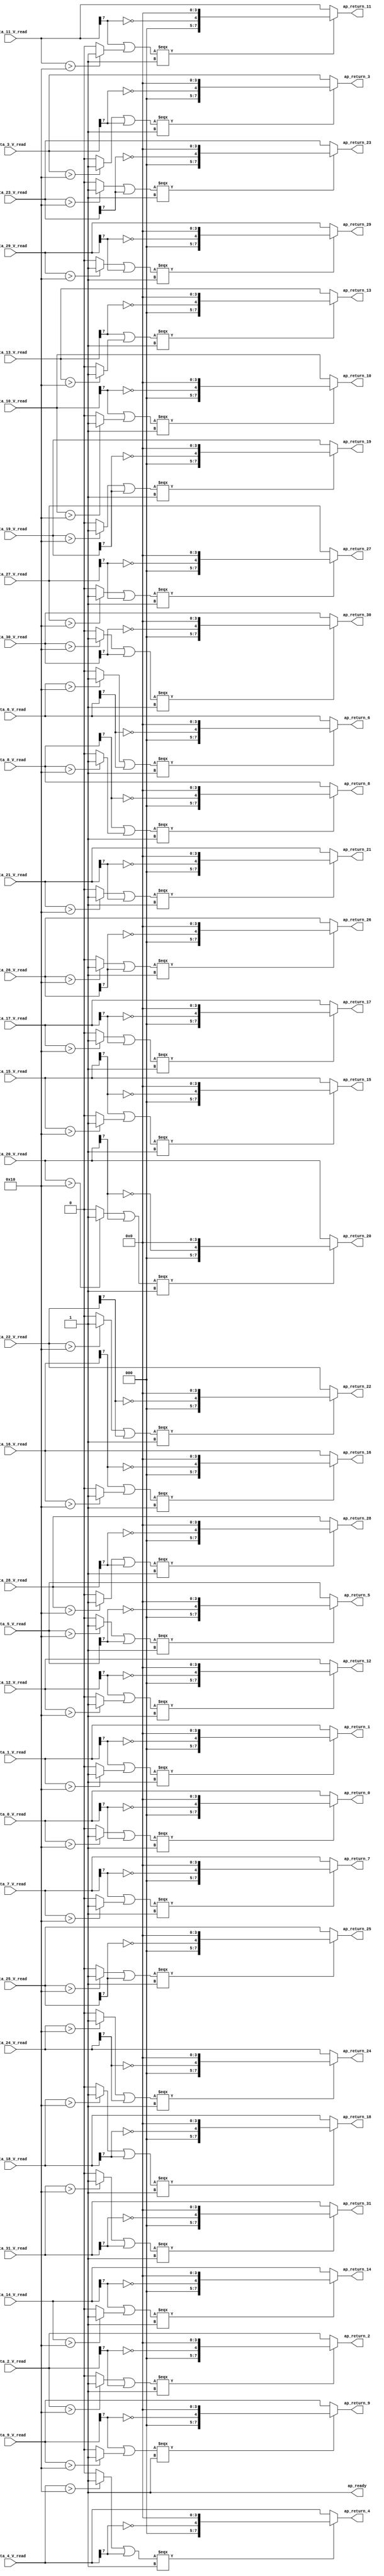
// ==============================================================
// RTL generated by Vivado(TM) HLS - High-Level Synthesis from C, C++ and SystemC
// Version: 2018.2
// Copyright (C) 1986-2018 Xilinx, Inc. All Rights Reserved.
// 
// ===========================================================

`timescale 1 ns / 1 ps 

module relu_max_ap_fixed_ap_fixed_1_relu1_config9_s (
        ap_ready,
        data_0_V_read,
        data_1_V_read,
        data_2_V_read,
        data_3_V_read,
        data_4_V_read,
        data_5_V_read,
        data_6_V_read,
        data_7_V_read,
        data_8_V_read,
        data_9_V_read,
        data_10_V_read,
        data_11_V_read,
        data_12_V_read,
        data_13_V_read,
        data_14_V_read,
        data_15_V_read,
        data_16_V_read,
        data_17_V_read,
        data_18_V_read,
        data_19_V_read,
        data_20_V_read,
        data_21_V_read,
        data_22_V_read,
        data_23_V_read,
        data_24_V_read,
        data_25_V_read,
        data_26_V_read,
        data_27_V_read,
        data_28_V_read,
        data_29_V_read,
        data_30_V_read,
        data_31_V_read,
        ap_return_0,
        ap_return_1,
        ap_return_2,
        ap_return_3,
        ap_return_4,
        ap_return_5,
        ap_return_6,
        ap_return_7,
        ap_return_8,
        ap_return_9,
        ap_return_10,
        ap_return_11,
        ap_return_12,
        ap_return_13,
        ap_return_14,
        ap_return_15,
        ap_return_16,
        ap_return_17,
        ap_return_18,
        ap_return_19,
        ap_return_20,
        ap_return_21,
        ap_return_22,
        ap_return_23,
        ap_return_24,
        ap_return_25,
        ap_return_26,
        ap_return_27,
        ap_return_28,
        ap_return_29,
        ap_return_30,
        ap_return_31
);


output   ap_ready;
input  [7:0] data_0_V_read;
input  [7:0] data_1_V_read;
input  [7:0] data_2_V_read;
input  [7:0] data_3_V_read;
input  [7:0] data_4_V_read;
input  [7:0] data_5_V_read;
input  [7:0] data_6_V_read;
input  [7:0] data_7_V_read;
input  [7:0] data_8_V_read;
input  [7:0] data_9_V_read;
input  [7:0] data_10_V_read;
input  [7:0] data_11_V_read;
input  [7:0] data_12_V_read;
input  [7:0] data_13_V_read;
input  [7:0] data_14_V_read;
input  [7:0] data_15_V_read;
input  [7:0] data_16_V_read;
input  [7:0] data_17_V_read;
input  [7:0] data_18_V_read;
input  [7:0] data_19_V_read;
input  [7:0] data_20_V_read;
input  [7:0] data_21_V_read;
input  [7:0] data_22_V_read;
input  [7:0] data_23_V_read;
input  [7:0] data_24_V_read;
input  [7:0] data_25_V_read;
input  [7:0] data_26_V_read;
input  [7:0] data_27_V_read;
input  [7:0] data_28_V_read;
input  [7:0] data_29_V_read;
input  [7:0] data_30_V_read;
input  [7:0] data_31_V_read;
output  [7:0] ap_return_0;
output  [7:0] ap_return_1;
output  [7:0] ap_return_2;
output  [7:0] ap_return_3;
output  [7:0] ap_return_4;
output  [7:0] ap_return_5;
output  [7:0] ap_return_6;
output  [7:0] ap_return_7;
output  [7:0] ap_return_8;
output  [7:0] ap_return_9;
output  [7:0] ap_return_10;
output  [7:0] ap_return_11;
output  [7:0] ap_return_12;
output  [7:0] ap_return_13;
output  [7:0] ap_return_14;
output  [7:0] ap_return_15;
output  [7:0] ap_return_16;
output  [7:0] ap_return_17;
output  [7:0] ap_return_18;
output  [7:0] ap_return_19;
output  [7:0] ap_return_20;
output  [7:0] ap_return_21;
output  [7:0] ap_return_22;
output  [7:0] ap_return_23;
output  [7:0] ap_return_24;
output  [7:0] ap_return_25;
output  [7:0] ap_return_26;
output  [7:0] ap_return_27;
output  [7:0] ap_return_28;
output  [7:0] ap_return_29;
output  [7:0] ap_return_30;
output  [7:0] ap_return_31;

wire   [0:0] tmp_2_fu_302_p3;
wire   [0:0] not_tmp_1_fu_310_p2;
wire   [4:0] tmp_4_fu_316_p3;
wire   [0:0] tmp_1_fu_288_p3;
wire   [0:0] tmp_3_fu_296_p2;
wire   [0:0] tmp_6_fu_328_p2;
wire   [7:0] tmp_5_fu_324_p1;
wire   [0:0] tmp_8_fu_356_p3;
wire   [0:0] not_tmp_7_fu_364_p2;
wire   [4:0] tmp_10_fu_370_p3;
wire   [0:0] tmp_7_fu_342_p3;
wire   [0:0] tmp_3_1_fu_350_p2;
wire   [0:0] tmp_s_fu_382_p2;
wire   [7:0] tmp_9_fu_378_p1;
wire   [0:0] tmp_14_fu_410_p3;
wire   [0:0] not_tmp_s_fu_418_p2;
wire   [4:0] tmp_15_fu_424_p3;
wire   [0:0] tmp_11_fu_396_p3;
wire   [0:0] tmp_3_2_fu_404_p2;
wire   [0:0] tmp_13_fu_436_p2;
wire   [7:0] tmp_12_fu_432_p1;
wire   [0:0] tmp_19_fu_464_p3;
wire   [0:0] not_tmp_2_fu_472_p2;
wire   [4:0] tmp_22_fu_478_p3;
wire   [0:0] tmp_18_fu_450_p3;
wire   [0:0] tmp_3_3_fu_458_p2;
wire   [0:0] tmp_17_fu_490_p2;
wire   [7:0] tmp_16_fu_486_p1;
wire   [0:0] tmp_26_fu_518_p3;
wire   [0:0] not_tmp_3_fu_526_p2;
wire   [4:0] tmp_27_fu_532_p3;
wire   [0:0] tmp_23_fu_504_p3;
wire   [0:0] tmp_3_4_fu_512_p2;
wire   [0:0] tmp_21_fu_544_p2;
wire   [7:0] tmp_20_fu_540_p1;
wire   [0:0] tmp_31_fu_572_p3;
wire   [0:0] not_tmp_4_fu_580_p2;
wire   [4:0] tmp_34_fu_586_p3;
wire   [0:0] tmp_30_fu_558_p3;
wire   [0:0] tmp_3_5_fu_566_p2;
wire   [0:0] tmp_25_fu_598_p2;
wire   [7:0] tmp_24_fu_594_p1;
wire   [0:0] tmp_38_fu_626_p3;
wire   [0:0] not_tmp_5_fu_634_p2;
wire   [4:0] tmp_39_fu_640_p3;
wire   [0:0] tmp_35_fu_612_p3;
wire   [0:0] tmp_3_6_fu_620_p2;
wire   [0:0] tmp_29_fu_652_p2;
wire   [7:0] tmp_28_fu_648_p1;
wire   [0:0] tmp_43_fu_680_p3;
wire   [0:0] not_tmp_6_fu_688_p2;
wire   [4:0] tmp_46_fu_694_p3;
wire   [0:0] tmp_42_fu_666_p3;
wire   [0:0] tmp_3_7_fu_674_p2;
wire   [0:0] tmp_33_fu_706_p2;
wire   [7:0] tmp_32_fu_702_p1;
wire   [0:0] tmp_50_fu_734_p3;
wire   [0:0] not_tmp_8_fu_742_p2;
wire   [4:0] tmp_51_fu_748_p3;
wire   [0:0] tmp_47_fu_720_p3;
wire   [0:0] tmp_3_8_fu_728_p2;
wire   [0:0] tmp_37_fu_760_p2;
wire   [7:0] tmp_36_fu_756_p1;
wire   [0:0] tmp_55_fu_788_p3;
wire   [0:0] not_tmp_9_fu_796_p2;
wire   [4:0] tmp_58_fu_802_p3;
wire   [0:0] tmp_54_fu_774_p3;
wire   [0:0] tmp_3_9_fu_782_p2;
wire   [0:0] tmp_41_fu_814_p2;
wire   [7:0] tmp_40_fu_810_p1;
wire   [0:0] tmp_62_fu_842_p3;
wire   [0:0] not_tmp_10_fu_850_p2;
wire   [4:0] tmp_63_fu_856_p3;
wire   [0:0] tmp_59_fu_828_p3;
wire   [0:0] tmp_3_s_fu_836_p2;
wire   [0:0] tmp_45_fu_868_p2;
wire   [7:0] tmp_44_fu_864_p1;
wire   [0:0] tmp_67_fu_896_p3;
wire   [0:0] not_tmp_11_fu_904_p2;
wire   [4:0] tmp_70_fu_910_p3;
wire   [0:0] tmp_66_fu_882_p3;
wire   [0:0] tmp_3_10_fu_890_p2;
wire   [0:0] tmp_49_fu_922_p2;
wire   [7:0] tmp_48_fu_918_p1;
wire   [0:0] tmp_74_fu_950_p3;
wire   [0:0] not_tmp_12_fu_958_p2;
wire   [4:0] tmp_75_fu_964_p3;
wire   [0:0] tmp_71_fu_936_p3;
wire   [0:0] tmp_3_11_fu_944_p2;
wire   [0:0] tmp_53_fu_976_p2;
wire   [7:0] tmp_52_fu_972_p1;
wire   [0:0] tmp_79_fu_1004_p3;
wire   [0:0] not_tmp_13_fu_1012_p2;
wire   [4:0] tmp_82_fu_1018_p3;
wire   [0:0] tmp_78_fu_990_p3;
wire   [0:0] tmp_3_12_fu_998_p2;
wire   [0:0] tmp_57_fu_1030_p2;
wire   [7:0] tmp_56_fu_1026_p1;
wire   [0:0] tmp_86_fu_1058_p3;
wire   [0:0] not_tmp_14_fu_1066_p2;
wire   [4:0] tmp_87_fu_1072_p3;
wire   [0:0] tmp_83_fu_1044_p3;
wire   [0:0] tmp_3_13_fu_1052_p2;
wire   [0:0] tmp_61_fu_1084_p2;
wire   [7:0] tmp_60_fu_1080_p1;
wire   [0:0] tmp_91_fu_1112_p3;
wire   [0:0] not_tmp_15_fu_1120_p2;
wire   [4:0] tmp_94_fu_1126_p3;
wire   [0:0] tmp_90_fu_1098_p3;
wire   [0:0] tmp_3_14_fu_1106_p2;
wire   [0:0] tmp_65_fu_1138_p2;
wire   [7:0] tmp_64_fu_1134_p1;
wire   [0:0] tmp_98_fu_1166_p3;
wire   [0:0] not_tmp_16_fu_1174_p2;
wire   [4:0] tmp_99_fu_1180_p3;
wire   [0:0] tmp_95_fu_1152_p3;
wire   [0:0] tmp_3_15_fu_1160_p2;
wire   [0:0] tmp_69_fu_1192_p2;
wire   [7:0] tmp_68_fu_1188_p1;
wire   [0:0] tmp_103_fu_1220_p3;
wire   [0:0] not_tmp_17_fu_1228_p2;
wire   [4:0] tmp_106_fu_1234_p3;
wire   [0:0] tmp_102_fu_1206_p3;
wire   [0:0] tmp_3_16_fu_1214_p2;
wire   [0:0] tmp_73_fu_1246_p2;
wire   [7:0] tmp_72_fu_1242_p1;
wire   [0:0] tmp_110_fu_1274_p3;
wire   [0:0] not_tmp_18_fu_1282_p2;
wire   [4:0] tmp_111_fu_1288_p3;
wire   [0:0] tmp_107_fu_1260_p3;
wire   [0:0] tmp_3_17_fu_1268_p2;
wire   [0:0] tmp_77_fu_1300_p2;
wire   [7:0] tmp_76_fu_1296_p1;
wire   [0:0] tmp_115_fu_1328_p3;
wire   [0:0] not_tmp_19_fu_1336_p2;
wire   [4:0] tmp_118_fu_1342_p3;
wire   [0:0] tmp_114_fu_1314_p3;
wire   [0:0] tmp_3_18_fu_1322_p2;
wire   [0:0] tmp_81_fu_1354_p2;
wire   [7:0] tmp_80_fu_1350_p1;
wire   [0:0] tmp_122_fu_1382_p3;
wire   [0:0] not_tmp_20_fu_1390_p2;
wire   [4:0] tmp_123_fu_1396_p3;
wire   [0:0] tmp_119_fu_1368_p3;
wire   [0:0] tmp_3_19_fu_1376_p2;
wire   [0:0] tmp_85_fu_1408_p2;
wire   [7:0] tmp_84_fu_1404_p1;
wire   [0:0] tmp_127_fu_1436_p3;
wire   [0:0] not_tmp_21_fu_1444_p2;
wire   [4:0] tmp_130_fu_1450_p3;
wire   [0:0] tmp_126_fu_1422_p3;
wire   [0:0] tmp_3_20_fu_1430_p2;
wire   [0:0] tmp_89_fu_1462_p2;
wire   [7:0] tmp_88_fu_1458_p1;
wire   [0:0] tmp_132_fu_1490_p3;
wire   [0:0] not_tmp_22_fu_1498_p2;
wire   [4:0] tmp_133_fu_1504_p3;
wire   [0:0] tmp_131_fu_1476_p3;
wire   [0:0] tmp_3_21_fu_1484_p2;
wire   [0:0] tmp_93_fu_1516_p2;
wire   [7:0] tmp_92_fu_1512_p1;
wire   [0:0] tmp_135_fu_1544_p3;
wire   [0:0] not_tmp_23_fu_1552_p2;
wire   [4:0] tmp_136_fu_1558_p3;
wire   [0:0] tmp_134_fu_1530_p3;
wire   [0:0] tmp_3_22_fu_1538_p2;
wire   [0:0] tmp_97_fu_1570_p2;
wire   [7:0] tmp_96_fu_1566_p1;
wire   [0:0] tmp_138_fu_1598_p3;
wire   [0:0] not_tmp_24_fu_1606_p2;
wire   [4:0] tmp_139_fu_1612_p3;
wire   [0:0] tmp_137_fu_1584_p3;
wire   [0:0] tmp_3_23_fu_1592_p2;
wire   [0:0] tmp_101_fu_1624_p2;
wire   [7:0] tmp_100_fu_1620_p1;
wire   [0:0] tmp_141_fu_1652_p3;
wire   [0:0] not_tmp_25_fu_1660_p2;
wire   [4:0] tmp_142_fu_1666_p3;
wire   [0:0] tmp_140_fu_1638_p3;
wire   [0:0] tmp_3_24_fu_1646_p2;
wire   [0:0] tmp_105_fu_1678_p2;
wire   [7:0] tmp_104_fu_1674_p1;
wire   [0:0] tmp_144_fu_1706_p3;
wire   [0:0] not_tmp_26_fu_1714_p2;
wire   [4:0] tmp_145_fu_1720_p3;
wire   [0:0] tmp_143_fu_1692_p3;
wire   [0:0] tmp_3_25_fu_1700_p2;
wire   [0:0] tmp_109_fu_1732_p2;
wire   [7:0] tmp_108_fu_1728_p1;
wire   [0:0] tmp_147_fu_1760_p3;
wire   [0:0] not_tmp_27_fu_1768_p2;
wire   [4:0] tmp_148_fu_1774_p3;
wire   [0:0] tmp_146_fu_1746_p3;
wire   [0:0] tmp_3_26_fu_1754_p2;
wire   [0:0] tmp_113_fu_1786_p2;
wire   [7:0] tmp_112_fu_1782_p1;
wire   [0:0] tmp_150_fu_1814_p3;
wire   [0:0] not_tmp_28_fu_1822_p2;
wire   [4:0] tmp_151_fu_1828_p3;
wire   [0:0] tmp_149_fu_1800_p3;
wire   [0:0] tmp_3_27_fu_1808_p2;
wire   [0:0] tmp_117_fu_1840_p2;
wire   [7:0] tmp_116_fu_1836_p1;
wire   [0:0] tmp_153_fu_1868_p3;
wire   [0:0] not_tmp_29_fu_1876_p2;
wire   [4:0] tmp_154_fu_1882_p3;
wire   [0:0] tmp_152_fu_1854_p3;
wire   [0:0] tmp_3_28_fu_1862_p2;
wire   [0:0] tmp_121_fu_1894_p2;
wire   [7:0] tmp_120_fu_1890_p1;
wire   [0:0] tmp_156_fu_1922_p3;
wire   [0:0] not_tmp_30_fu_1930_p2;
wire   [4:0] tmp_157_fu_1936_p3;
wire   [0:0] tmp_155_fu_1908_p3;
wire   [0:0] tmp_3_29_fu_1916_p2;
wire   [0:0] tmp_125_fu_1948_p2;
wire   [7:0] tmp_124_fu_1944_p1;
wire   [0:0] tmp_159_fu_1976_p3;
wire   [0:0] not_tmp_31_fu_1984_p2;
wire   [4:0] tmp_160_fu_1990_p3;
wire   [0:0] tmp_158_fu_1962_p3;
wire   [0:0] tmp_3_30_fu_1970_p2;
wire   [0:0] tmp_129_fu_2002_p2;
wire   [7:0] tmp_128_fu_1998_p1;
wire   [7:0] res_0_V_write_assign_fu_334_p3;
wire   [7:0] res_1_V_write_assign_fu_388_p3;
wire   [7:0] res_2_V_write_assign_fu_442_p3;
wire   [7:0] res_3_V_write_assign_fu_496_p3;
wire   [7:0] res_4_V_write_assign_fu_550_p3;
wire   [7:0] res_5_V_write_assign_fu_604_p3;
wire   [7:0] res_6_V_write_assign_fu_658_p3;
wire   [7:0] res_7_V_write_assign_fu_712_p3;
wire   [7:0] res_8_V_write_assign_fu_766_p3;
wire   [7:0] res_9_V_write_assign_fu_820_p3;
wire   [7:0] res_10_V_write_assign_fu_874_p3;
wire   [7:0] res_11_V_write_assign_fu_928_p3;
wire   [7:0] res_12_V_write_assign_fu_982_p3;
wire   [7:0] res_13_V_write_assign_fu_1036_p3;
wire   [7:0] res_14_V_write_assign_fu_1090_p3;
wire   [7:0] res_15_V_write_assign_fu_1144_p3;
wire   [7:0] res_16_V_write_assign_fu_1198_p3;
wire   [7:0] res_17_V_write_assign_fu_1252_p3;
wire   [7:0] res_18_V_write_assign_fu_1306_p3;
wire   [7:0] res_19_V_write_assign_fu_1360_p3;
wire   [7:0] res_20_V_write_assign_fu_1414_p3;
wire   [7:0] res_21_V_write_assign_fu_1468_p3;
wire   [7:0] res_22_V_write_assign_fu_1522_p3;
wire   [7:0] res_23_V_write_assign_fu_1576_p3;
wire   [7:0] res_24_V_write_assign_fu_1630_p3;
wire   [7:0] res_25_V_write_assign_fu_1684_p3;
wire   [7:0] res_26_V_write_assign_fu_1738_p3;
wire   [7:0] res_27_V_write_assign_fu_1792_p3;
wire   [7:0] res_28_V_write_assign_fu_1846_p3;
wire   [7:0] res_29_V_write_assign_fu_1900_p3;
wire   [7:0] res_30_V_write_assign_fu_1954_p3;
wire   [7:0] res_31_V_write_assign_fu_2008_p3;

assign ap_ready = 1'b1;

assign ap_return_0 = res_0_V_write_assign_fu_334_p3;

assign ap_return_1 = res_1_V_write_assign_fu_388_p3;

assign ap_return_10 = res_10_V_write_assign_fu_874_p3;

assign ap_return_11 = res_11_V_write_assign_fu_928_p3;

assign ap_return_12 = res_12_V_write_assign_fu_982_p3;

assign ap_return_13 = res_13_V_write_assign_fu_1036_p3;

assign ap_return_14 = res_14_V_write_assign_fu_1090_p3;

assign ap_return_15 = res_15_V_write_assign_fu_1144_p3;

assign ap_return_16 = res_16_V_write_assign_fu_1198_p3;

assign ap_return_17 = res_17_V_write_assign_fu_1252_p3;

assign ap_return_18 = res_18_V_write_assign_fu_1306_p3;

assign ap_return_19 = res_19_V_write_assign_fu_1360_p3;

assign ap_return_2 = res_2_V_write_assign_fu_442_p3;

assign ap_return_20 = res_20_V_write_assign_fu_1414_p3;

assign ap_return_21 = res_21_V_write_assign_fu_1468_p3;

assign ap_return_22 = res_22_V_write_assign_fu_1522_p3;

assign ap_return_23 = res_23_V_write_assign_fu_1576_p3;

assign ap_return_24 = res_24_V_write_assign_fu_1630_p3;

assign ap_return_25 = res_25_V_write_assign_fu_1684_p3;

assign ap_return_26 = res_26_V_write_assign_fu_1738_p3;

assign ap_return_27 = res_27_V_write_assign_fu_1792_p3;

assign ap_return_28 = res_28_V_write_assign_fu_1846_p3;

assign ap_return_29 = res_29_V_write_assign_fu_1900_p3;

assign ap_return_3 = res_3_V_write_assign_fu_496_p3;

assign ap_return_30 = res_30_V_write_assign_fu_1954_p3;

assign ap_return_31 = res_31_V_write_assign_fu_2008_p3;

assign ap_return_4 = res_4_V_write_assign_fu_550_p3;

assign ap_return_5 = res_5_V_write_assign_fu_604_p3;

assign ap_return_6 = res_6_V_write_assign_fu_658_p3;

assign ap_return_7 = res_7_V_write_assign_fu_712_p3;

assign ap_return_8 = res_8_V_write_assign_fu_766_p3;

assign ap_return_9 = res_9_V_write_assign_fu_820_p3;

assign not_tmp_10_fu_850_p2 = (tmp_62_fu_842_p3 ^ 1'd1);

assign not_tmp_11_fu_904_p2 = (tmp_67_fu_896_p3 ^ 1'd1);

assign not_tmp_12_fu_958_p2 = (tmp_74_fu_950_p3 ^ 1'd1);

assign not_tmp_13_fu_1012_p2 = (tmp_79_fu_1004_p3 ^ 1'd1);

assign not_tmp_14_fu_1066_p2 = (tmp_86_fu_1058_p3 ^ 1'd1);

assign not_tmp_15_fu_1120_p2 = (tmp_91_fu_1112_p3 ^ 1'd1);

assign not_tmp_16_fu_1174_p2 = (tmp_98_fu_1166_p3 ^ 1'd1);

assign not_tmp_17_fu_1228_p2 = (tmp_103_fu_1220_p3 ^ 1'd1);

assign not_tmp_18_fu_1282_p2 = (tmp_110_fu_1274_p3 ^ 1'd1);

assign not_tmp_19_fu_1336_p2 = (tmp_115_fu_1328_p3 ^ 1'd1);

assign not_tmp_1_fu_310_p2 = (tmp_2_fu_302_p3 ^ 1'd1);

assign not_tmp_20_fu_1390_p2 = (tmp_122_fu_1382_p3 ^ 1'd1);

assign not_tmp_21_fu_1444_p2 = (tmp_127_fu_1436_p3 ^ 1'd1);

assign not_tmp_22_fu_1498_p2 = (tmp_132_fu_1490_p3 ^ 1'd1);

assign not_tmp_23_fu_1552_p2 = (tmp_135_fu_1544_p3 ^ 1'd1);

assign not_tmp_24_fu_1606_p2 = (tmp_138_fu_1598_p3 ^ 1'd1);

assign not_tmp_25_fu_1660_p2 = (tmp_141_fu_1652_p3 ^ 1'd1);

assign not_tmp_26_fu_1714_p2 = (tmp_144_fu_1706_p3 ^ 1'd1);

assign not_tmp_27_fu_1768_p2 = (tmp_147_fu_1760_p3 ^ 1'd1);

assign not_tmp_28_fu_1822_p2 = (tmp_150_fu_1814_p3 ^ 1'd1);

assign not_tmp_29_fu_1876_p2 = (tmp_153_fu_1868_p3 ^ 1'd1);

assign not_tmp_2_fu_472_p2 = (tmp_19_fu_464_p3 ^ 1'd1);

assign not_tmp_30_fu_1930_p2 = (tmp_156_fu_1922_p3 ^ 1'd1);

assign not_tmp_31_fu_1984_p2 = (tmp_159_fu_1976_p3 ^ 1'd1);

assign not_tmp_3_fu_526_p2 = (tmp_26_fu_518_p3 ^ 1'd1);

assign not_tmp_4_fu_580_p2 = (tmp_31_fu_572_p3 ^ 1'd1);

assign not_tmp_5_fu_634_p2 = (tmp_38_fu_626_p3 ^ 1'd1);

assign not_tmp_6_fu_688_p2 = (tmp_43_fu_680_p3 ^ 1'd1);

assign not_tmp_7_fu_364_p2 = (tmp_8_fu_356_p3 ^ 1'd1);

assign not_tmp_8_fu_742_p2 = (tmp_50_fu_734_p3 ^ 1'd1);

assign not_tmp_9_fu_796_p2 = (tmp_55_fu_788_p3 ^ 1'd1);

assign not_tmp_s_fu_418_p2 = (tmp_14_fu_410_p3 ^ 1'd1);

assign res_0_V_write_assign_fu_334_p3 = ((tmp_6_fu_328_p2[0:0] === 1'b1) ? tmp_5_fu_324_p1 : data_0_V_read);

assign res_10_V_write_assign_fu_874_p3 = ((tmp_45_fu_868_p2[0:0] === 1'b1) ? tmp_44_fu_864_p1 : data_10_V_read);

assign res_11_V_write_assign_fu_928_p3 = ((tmp_49_fu_922_p2[0:0] === 1'b1) ? tmp_48_fu_918_p1 : data_11_V_read);

assign res_12_V_write_assign_fu_982_p3 = ((tmp_53_fu_976_p2[0:0] === 1'b1) ? tmp_52_fu_972_p1 : data_12_V_read);

assign res_13_V_write_assign_fu_1036_p3 = ((tmp_57_fu_1030_p2[0:0] === 1'b1) ? tmp_56_fu_1026_p1 : data_13_V_read);

assign res_14_V_write_assign_fu_1090_p3 = ((tmp_61_fu_1084_p2[0:0] === 1'b1) ? tmp_60_fu_1080_p1 : data_14_V_read);

assign res_15_V_write_assign_fu_1144_p3 = ((tmp_65_fu_1138_p2[0:0] === 1'b1) ? tmp_64_fu_1134_p1 : data_15_V_read);

assign res_16_V_write_assign_fu_1198_p3 = ((tmp_69_fu_1192_p2[0:0] === 1'b1) ? tmp_68_fu_1188_p1 : data_16_V_read);

assign res_17_V_write_assign_fu_1252_p3 = ((tmp_73_fu_1246_p2[0:0] === 1'b1) ? tmp_72_fu_1242_p1 : data_17_V_read);

assign res_18_V_write_assign_fu_1306_p3 = ((tmp_77_fu_1300_p2[0:0] === 1'b1) ? tmp_76_fu_1296_p1 : data_18_V_read);

assign res_19_V_write_assign_fu_1360_p3 = ((tmp_81_fu_1354_p2[0:0] === 1'b1) ? tmp_80_fu_1350_p1 : data_19_V_read);

assign res_1_V_write_assign_fu_388_p3 = ((tmp_s_fu_382_p2[0:0] === 1'b1) ? tmp_9_fu_378_p1 : data_1_V_read);

assign res_20_V_write_assign_fu_1414_p3 = ((tmp_85_fu_1408_p2[0:0] === 1'b1) ? tmp_84_fu_1404_p1 : data_20_V_read);

assign res_21_V_write_assign_fu_1468_p3 = ((tmp_89_fu_1462_p2[0:0] === 1'b1) ? tmp_88_fu_1458_p1 : data_21_V_read);

assign res_22_V_write_assign_fu_1522_p3 = ((tmp_93_fu_1516_p2[0:0] === 1'b1) ? tmp_92_fu_1512_p1 : data_22_V_read);

assign res_23_V_write_assign_fu_1576_p3 = ((tmp_97_fu_1570_p2[0:0] === 1'b1) ? tmp_96_fu_1566_p1 : data_23_V_read);

assign res_24_V_write_assign_fu_1630_p3 = ((tmp_101_fu_1624_p2[0:0] === 1'b1) ? tmp_100_fu_1620_p1 : data_24_V_read);

assign res_25_V_write_assign_fu_1684_p3 = ((tmp_105_fu_1678_p2[0:0] === 1'b1) ? tmp_104_fu_1674_p1 : data_25_V_read);

assign res_26_V_write_assign_fu_1738_p3 = ((tmp_109_fu_1732_p2[0:0] === 1'b1) ? tmp_108_fu_1728_p1 : data_26_V_read);

assign res_27_V_write_assign_fu_1792_p3 = ((tmp_113_fu_1786_p2[0:0] === 1'b1) ? tmp_112_fu_1782_p1 : data_27_V_read);

assign res_28_V_write_assign_fu_1846_p3 = ((tmp_117_fu_1840_p2[0:0] === 1'b1) ? tmp_116_fu_1836_p1 : data_28_V_read);

assign res_29_V_write_assign_fu_1900_p3 = ((tmp_121_fu_1894_p2[0:0] === 1'b1) ? tmp_120_fu_1890_p1 : data_29_V_read);

assign res_2_V_write_assign_fu_442_p3 = ((tmp_13_fu_436_p2[0:0] === 1'b1) ? tmp_12_fu_432_p1 : data_2_V_read);

assign res_30_V_write_assign_fu_1954_p3 = ((tmp_125_fu_1948_p2[0:0] === 1'b1) ? tmp_124_fu_1944_p1 : data_30_V_read);

assign res_31_V_write_assign_fu_2008_p3 = ((tmp_129_fu_2002_p2[0:0] === 1'b1) ? tmp_128_fu_1998_p1 : data_31_V_read);

assign res_3_V_write_assign_fu_496_p3 = ((tmp_17_fu_490_p2[0:0] === 1'b1) ? tmp_16_fu_486_p1 : data_3_V_read);

assign res_4_V_write_assign_fu_550_p3 = ((tmp_21_fu_544_p2[0:0] === 1'b1) ? tmp_20_fu_540_p1 : data_4_V_read);

assign res_5_V_write_assign_fu_604_p3 = ((tmp_25_fu_598_p2[0:0] === 1'b1) ? tmp_24_fu_594_p1 : data_5_V_read);

assign res_6_V_write_assign_fu_658_p3 = ((tmp_29_fu_652_p2[0:0] === 1'b1) ? tmp_28_fu_648_p1 : data_6_V_read);

assign res_7_V_write_assign_fu_712_p3 = ((tmp_33_fu_706_p2[0:0] === 1'b1) ? tmp_32_fu_702_p1 : data_7_V_read);

assign res_8_V_write_assign_fu_766_p3 = ((tmp_37_fu_760_p2[0:0] === 1'b1) ? tmp_36_fu_756_p1 : data_8_V_read);

assign res_9_V_write_assign_fu_820_p3 = ((tmp_41_fu_814_p2[0:0] === 1'b1) ? tmp_40_fu_810_p1 : data_9_V_read);

assign tmp_100_fu_1620_p1 = tmp_139_fu_1612_p3;

assign tmp_101_fu_1624_p2 = (tmp_3_23_fu_1592_p2 | tmp_137_fu_1584_p3);

assign tmp_102_fu_1206_p3 = data_17_V_read[32'd7];

assign tmp_103_fu_1220_p3 = data_17_V_read[32'd7];

assign tmp_104_fu_1674_p1 = tmp_142_fu_1666_p3;

assign tmp_105_fu_1678_p2 = (tmp_3_24_fu_1646_p2 | tmp_140_fu_1638_p3);

assign tmp_106_fu_1234_p3 = {{not_tmp_17_fu_1228_p2}, {4'd0}};

assign tmp_107_fu_1260_p3 = data_18_V_read[32'd7];

assign tmp_108_fu_1728_p1 = tmp_145_fu_1720_p3;

assign tmp_109_fu_1732_p2 = (tmp_3_25_fu_1700_p2 | tmp_143_fu_1692_p3);

assign tmp_10_fu_370_p3 = {{not_tmp_7_fu_364_p2}, {4'd0}};

assign tmp_110_fu_1274_p3 = data_18_V_read[32'd7];

assign tmp_111_fu_1288_p3 = {{not_tmp_18_fu_1282_p2}, {4'd0}};

assign tmp_112_fu_1782_p1 = tmp_148_fu_1774_p3;

assign tmp_113_fu_1786_p2 = (tmp_3_26_fu_1754_p2 | tmp_146_fu_1746_p3);

assign tmp_114_fu_1314_p3 = data_19_V_read[32'd7];

assign tmp_115_fu_1328_p3 = data_19_V_read[32'd7];

assign tmp_116_fu_1836_p1 = tmp_151_fu_1828_p3;

assign tmp_117_fu_1840_p2 = (tmp_3_27_fu_1808_p2 | tmp_149_fu_1800_p3);

assign tmp_118_fu_1342_p3 = {{not_tmp_19_fu_1336_p2}, {4'd0}};

assign tmp_119_fu_1368_p3 = data_20_V_read[32'd7];

assign tmp_11_fu_396_p3 = data_2_V_read[32'd7];

assign tmp_120_fu_1890_p1 = tmp_154_fu_1882_p3;

assign tmp_121_fu_1894_p2 = (tmp_3_28_fu_1862_p2 | tmp_152_fu_1854_p3);

assign tmp_122_fu_1382_p3 = data_20_V_read[32'd7];

assign tmp_123_fu_1396_p3 = {{not_tmp_20_fu_1390_p2}, {4'd0}};

assign tmp_124_fu_1944_p1 = tmp_157_fu_1936_p3;

assign tmp_125_fu_1948_p2 = (tmp_3_29_fu_1916_p2 | tmp_155_fu_1908_p3);

assign tmp_126_fu_1422_p3 = data_21_V_read[32'd7];

assign tmp_127_fu_1436_p3 = data_21_V_read[32'd7];

assign tmp_128_fu_1998_p1 = tmp_160_fu_1990_p3;

assign tmp_129_fu_2002_p2 = (tmp_3_30_fu_1970_p2 | tmp_158_fu_1962_p3);

assign tmp_12_fu_432_p1 = tmp_15_fu_424_p3;

assign tmp_130_fu_1450_p3 = {{not_tmp_21_fu_1444_p2}, {4'd0}};

assign tmp_131_fu_1476_p3 = data_22_V_read[32'd7];

assign tmp_132_fu_1490_p3 = data_22_V_read[32'd7];

assign tmp_133_fu_1504_p3 = {{not_tmp_22_fu_1498_p2}, {4'd0}};

assign tmp_134_fu_1530_p3 = data_23_V_read[32'd7];

assign tmp_135_fu_1544_p3 = data_23_V_read[32'd7];

assign tmp_136_fu_1558_p3 = {{not_tmp_23_fu_1552_p2}, {4'd0}};

assign tmp_137_fu_1584_p3 = data_24_V_read[32'd7];

assign tmp_138_fu_1598_p3 = data_24_V_read[32'd7];

assign tmp_139_fu_1612_p3 = {{not_tmp_24_fu_1606_p2}, {4'd0}};

assign tmp_13_fu_436_p2 = (tmp_3_2_fu_404_p2 | tmp_11_fu_396_p3);

assign tmp_140_fu_1638_p3 = data_25_V_read[32'd7];

assign tmp_141_fu_1652_p3 = data_25_V_read[32'd7];

assign tmp_142_fu_1666_p3 = {{not_tmp_25_fu_1660_p2}, {4'd0}};

assign tmp_143_fu_1692_p3 = data_26_V_read[32'd7];

assign tmp_144_fu_1706_p3 = data_26_V_read[32'd7];

assign tmp_145_fu_1720_p3 = {{not_tmp_26_fu_1714_p2}, {4'd0}};

assign tmp_146_fu_1746_p3 = data_27_V_read[32'd7];

assign tmp_147_fu_1760_p3 = data_27_V_read[32'd7];

assign tmp_148_fu_1774_p3 = {{not_tmp_27_fu_1768_p2}, {4'd0}};

assign tmp_149_fu_1800_p3 = data_28_V_read[32'd7];

assign tmp_14_fu_410_p3 = data_2_V_read[32'd7];

assign tmp_150_fu_1814_p3 = data_28_V_read[32'd7];

assign tmp_151_fu_1828_p3 = {{not_tmp_28_fu_1822_p2}, {4'd0}};

assign tmp_152_fu_1854_p3 = data_29_V_read[32'd7];

assign tmp_153_fu_1868_p3 = data_29_V_read[32'd7];

assign tmp_154_fu_1882_p3 = {{not_tmp_29_fu_1876_p2}, {4'd0}};

assign tmp_155_fu_1908_p3 = data_30_V_read[32'd7];

assign tmp_156_fu_1922_p3 = data_30_V_read[32'd7];

assign tmp_157_fu_1936_p3 = {{not_tmp_30_fu_1930_p2}, {4'd0}};

assign tmp_158_fu_1962_p3 = data_31_V_read[32'd7];

assign tmp_159_fu_1976_p3 = data_31_V_read[32'd7];

assign tmp_15_fu_424_p3 = {{not_tmp_s_fu_418_p2}, {4'd0}};

assign tmp_160_fu_1990_p3 = {{not_tmp_31_fu_1984_p2}, {4'd0}};

assign tmp_16_fu_486_p1 = tmp_22_fu_478_p3;

assign tmp_17_fu_490_p2 = (tmp_3_3_fu_458_p2 | tmp_18_fu_450_p3);

assign tmp_18_fu_450_p3 = data_3_V_read[32'd7];

assign tmp_19_fu_464_p3 = data_3_V_read[32'd7];

assign tmp_1_fu_288_p3 = data_0_V_read[32'd7];

assign tmp_20_fu_540_p1 = tmp_27_fu_532_p3;

assign tmp_21_fu_544_p2 = (tmp_3_4_fu_512_p2 | tmp_23_fu_504_p3);

assign tmp_22_fu_478_p3 = {{not_tmp_2_fu_472_p2}, {4'd0}};

assign tmp_23_fu_504_p3 = data_4_V_read[32'd7];

assign tmp_24_fu_594_p1 = tmp_34_fu_586_p3;

assign tmp_25_fu_598_p2 = (tmp_3_5_fu_566_p2 | tmp_30_fu_558_p3);

assign tmp_26_fu_518_p3 = data_4_V_read[32'd7];

assign tmp_27_fu_532_p3 = {{not_tmp_3_fu_526_p2}, {4'd0}};

assign tmp_28_fu_648_p1 = tmp_39_fu_640_p3;

assign tmp_29_fu_652_p2 = (tmp_3_6_fu_620_p2 | tmp_35_fu_612_p3);

assign tmp_2_fu_302_p3 = data_0_V_read[32'd7];

assign tmp_30_fu_558_p3 = data_5_V_read[32'd7];

assign tmp_31_fu_572_p3 = data_5_V_read[32'd7];

assign tmp_32_fu_702_p1 = tmp_46_fu_694_p3;

assign tmp_33_fu_706_p2 = (tmp_42_fu_666_p3 | tmp_3_7_fu_674_p2);

assign tmp_34_fu_586_p3 = {{not_tmp_4_fu_580_p2}, {4'd0}};

assign tmp_35_fu_612_p3 = data_6_V_read[32'd7];

assign tmp_36_fu_756_p1 = tmp_51_fu_748_p3;

assign tmp_37_fu_760_p2 = (tmp_47_fu_720_p3 | tmp_3_8_fu_728_p2);

assign tmp_38_fu_626_p3 = data_6_V_read[32'd7];

assign tmp_39_fu_640_p3 = {{not_tmp_5_fu_634_p2}, {4'd0}};

assign tmp_3_10_fu_890_p2 = (($signed(data_11_V_read) > $signed(8'd16)) ? 1'b1 : 1'b0);

assign tmp_3_11_fu_944_p2 = (($signed(data_12_V_read) > $signed(8'd16)) ? 1'b1 : 1'b0);

assign tmp_3_12_fu_998_p2 = (($signed(data_13_V_read) > $signed(8'd16)) ? 1'b1 : 1'b0);

assign tmp_3_13_fu_1052_p2 = (($signed(data_14_V_read) > $signed(8'd16)) ? 1'b1 : 1'b0);

assign tmp_3_14_fu_1106_p2 = (($signed(data_15_V_read) > $signed(8'd16)) ? 1'b1 : 1'b0);

assign tmp_3_15_fu_1160_p2 = (($signed(data_16_V_read) > $signed(8'd16)) ? 1'b1 : 1'b0);

assign tmp_3_16_fu_1214_p2 = (($signed(data_17_V_read) > $signed(8'd16)) ? 1'b1 : 1'b0);

assign tmp_3_17_fu_1268_p2 = (($signed(data_18_V_read) > $signed(8'd16)) ? 1'b1 : 1'b0);

assign tmp_3_18_fu_1322_p2 = (($signed(data_19_V_read) > $signed(8'd16)) ? 1'b1 : 1'b0);

assign tmp_3_19_fu_1376_p2 = (($signed(data_20_V_read) > $signed(8'd16)) ? 1'b1 : 1'b0);

assign tmp_3_1_fu_350_p2 = (($signed(data_1_V_read) > $signed(8'd16)) ? 1'b1 : 1'b0);

assign tmp_3_20_fu_1430_p2 = (($signed(data_21_V_read) > $signed(8'd16)) ? 1'b1 : 1'b0);

assign tmp_3_21_fu_1484_p2 = (($signed(data_22_V_read) > $signed(8'd16)) ? 1'b1 : 1'b0);

assign tmp_3_22_fu_1538_p2 = (($signed(data_23_V_read) > $signed(8'd16)) ? 1'b1 : 1'b0);

assign tmp_3_23_fu_1592_p2 = (($signed(data_24_V_read) > $signed(8'd16)) ? 1'b1 : 1'b0);

assign tmp_3_24_fu_1646_p2 = (($signed(data_25_V_read) > $signed(8'd16)) ? 1'b1 : 1'b0);

assign tmp_3_25_fu_1700_p2 = (($signed(data_26_V_read) > $signed(8'd16)) ? 1'b1 : 1'b0);

assign tmp_3_26_fu_1754_p2 = (($signed(data_27_V_read) > $signed(8'd16)) ? 1'b1 : 1'b0);

assign tmp_3_27_fu_1808_p2 = (($signed(data_28_V_read) > $signed(8'd16)) ? 1'b1 : 1'b0);

assign tmp_3_28_fu_1862_p2 = (($signed(data_29_V_read) > $signed(8'd16)) ? 1'b1 : 1'b0);

assign tmp_3_29_fu_1916_p2 = (($signed(data_30_V_read) > $signed(8'd16)) ? 1'b1 : 1'b0);

assign tmp_3_2_fu_404_p2 = (($signed(data_2_V_read) > $signed(8'd16)) ? 1'b1 : 1'b0);

assign tmp_3_30_fu_1970_p2 = (($signed(data_31_V_read) > $signed(8'd16)) ? 1'b1 : 1'b0);

assign tmp_3_3_fu_458_p2 = (($signed(data_3_V_read) > $signed(8'd16)) ? 1'b1 : 1'b0);

assign tmp_3_4_fu_512_p2 = (($signed(data_4_V_read) > $signed(8'd16)) ? 1'b1 : 1'b0);

assign tmp_3_5_fu_566_p2 = (($signed(data_5_V_read) > $signed(8'd16)) ? 1'b1 : 1'b0);

assign tmp_3_6_fu_620_p2 = (($signed(data_6_V_read) > $signed(8'd16)) ? 1'b1 : 1'b0);

assign tmp_3_7_fu_674_p2 = (($signed(data_7_V_read) > $signed(8'd16)) ? 1'b1 : 1'b0);

assign tmp_3_8_fu_728_p2 = (($signed(data_8_V_read) > $signed(8'd16)) ? 1'b1 : 1'b0);

assign tmp_3_9_fu_782_p2 = (($signed(data_9_V_read) > $signed(8'd16)) ? 1'b1 : 1'b0);

assign tmp_3_fu_296_p2 = (($signed(data_0_V_read) > $signed(8'd16)) ? 1'b1 : 1'b0);

assign tmp_3_s_fu_836_p2 = (($signed(data_10_V_read) > $signed(8'd16)) ? 1'b1 : 1'b0);

assign tmp_40_fu_810_p1 = tmp_58_fu_802_p3;

assign tmp_41_fu_814_p2 = (tmp_54_fu_774_p3 | tmp_3_9_fu_782_p2);

assign tmp_42_fu_666_p3 = data_7_V_read[32'd7];

assign tmp_43_fu_680_p3 = data_7_V_read[32'd7];

assign tmp_44_fu_864_p1 = tmp_63_fu_856_p3;

assign tmp_45_fu_868_p2 = (tmp_59_fu_828_p3 | tmp_3_s_fu_836_p2);

assign tmp_46_fu_694_p3 = {{not_tmp_6_fu_688_p2}, {4'd0}};

assign tmp_47_fu_720_p3 = data_8_V_read[32'd7];

assign tmp_48_fu_918_p1 = tmp_70_fu_910_p3;

assign tmp_49_fu_922_p2 = (tmp_66_fu_882_p3 | tmp_3_10_fu_890_p2);

assign tmp_4_fu_316_p3 = {{not_tmp_1_fu_310_p2}, {4'd0}};

assign tmp_50_fu_734_p3 = data_8_V_read[32'd7];

assign tmp_51_fu_748_p3 = {{not_tmp_8_fu_742_p2}, {4'd0}};

assign tmp_52_fu_972_p1 = tmp_75_fu_964_p3;

assign tmp_53_fu_976_p2 = (tmp_71_fu_936_p3 | tmp_3_11_fu_944_p2);

assign tmp_54_fu_774_p3 = data_9_V_read[32'd7];

assign tmp_55_fu_788_p3 = data_9_V_read[32'd7];

assign tmp_56_fu_1026_p1 = tmp_82_fu_1018_p3;

assign tmp_57_fu_1030_p2 = (tmp_78_fu_990_p3 | tmp_3_12_fu_998_p2);

assign tmp_58_fu_802_p3 = {{not_tmp_9_fu_796_p2}, {4'd0}};

assign tmp_59_fu_828_p3 = data_10_V_read[32'd7];

assign tmp_5_fu_324_p1 = tmp_4_fu_316_p3;

assign tmp_60_fu_1080_p1 = tmp_87_fu_1072_p3;

assign tmp_61_fu_1084_p2 = (tmp_83_fu_1044_p3 | tmp_3_13_fu_1052_p2);

assign tmp_62_fu_842_p3 = data_10_V_read[32'd7];

assign tmp_63_fu_856_p3 = {{not_tmp_10_fu_850_p2}, {4'd0}};

assign tmp_64_fu_1134_p1 = tmp_94_fu_1126_p3;

assign tmp_65_fu_1138_p2 = (tmp_90_fu_1098_p3 | tmp_3_14_fu_1106_p2);

assign tmp_66_fu_882_p3 = data_11_V_read[32'd7];

assign tmp_67_fu_896_p3 = data_11_V_read[32'd7];

assign tmp_68_fu_1188_p1 = tmp_99_fu_1180_p3;

assign tmp_69_fu_1192_p2 = (tmp_95_fu_1152_p3 | tmp_3_15_fu_1160_p2);

assign tmp_6_fu_328_p2 = (tmp_3_fu_296_p2 | tmp_1_fu_288_p3);

assign tmp_70_fu_910_p3 = {{not_tmp_11_fu_904_p2}, {4'd0}};

assign tmp_71_fu_936_p3 = data_12_V_read[32'd7];

assign tmp_72_fu_1242_p1 = tmp_106_fu_1234_p3;

assign tmp_73_fu_1246_p2 = (tmp_3_16_fu_1214_p2 | tmp_102_fu_1206_p3);

assign tmp_74_fu_950_p3 = data_12_V_read[32'd7];

assign tmp_75_fu_964_p3 = {{not_tmp_12_fu_958_p2}, {4'd0}};

assign tmp_76_fu_1296_p1 = tmp_111_fu_1288_p3;

assign tmp_77_fu_1300_p2 = (tmp_3_17_fu_1268_p2 | tmp_107_fu_1260_p3);

assign tmp_78_fu_990_p3 = data_13_V_read[32'd7];

assign tmp_79_fu_1004_p3 = data_13_V_read[32'd7];

assign tmp_7_fu_342_p3 = data_1_V_read[32'd7];

assign tmp_80_fu_1350_p1 = tmp_118_fu_1342_p3;

assign tmp_81_fu_1354_p2 = (tmp_3_18_fu_1322_p2 | tmp_114_fu_1314_p3);

assign tmp_82_fu_1018_p3 = {{not_tmp_13_fu_1012_p2}, {4'd0}};

assign tmp_83_fu_1044_p3 = data_14_V_read[32'd7];

assign tmp_84_fu_1404_p1 = tmp_123_fu_1396_p3;

assign tmp_85_fu_1408_p2 = (tmp_3_19_fu_1376_p2 | tmp_119_fu_1368_p3);

assign tmp_86_fu_1058_p3 = data_14_V_read[32'd7];

assign tmp_87_fu_1072_p3 = {{not_tmp_14_fu_1066_p2}, {4'd0}};

assign tmp_88_fu_1458_p1 = tmp_130_fu_1450_p3;

assign tmp_89_fu_1462_p2 = (tmp_3_20_fu_1430_p2 | tmp_126_fu_1422_p3);

assign tmp_8_fu_356_p3 = data_1_V_read[32'd7];

assign tmp_90_fu_1098_p3 = data_15_V_read[32'd7];

assign tmp_91_fu_1112_p3 = data_15_V_read[32'd7];

assign tmp_92_fu_1512_p1 = tmp_133_fu_1504_p3;

assign tmp_93_fu_1516_p2 = (tmp_3_21_fu_1484_p2 | tmp_131_fu_1476_p3);

assign tmp_94_fu_1126_p3 = {{not_tmp_15_fu_1120_p2}, {4'd0}};

assign tmp_95_fu_1152_p3 = data_16_V_read[32'd7];

assign tmp_96_fu_1566_p1 = tmp_136_fu_1558_p3;

assign tmp_97_fu_1570_p2 = (tmp_3_22_fu_1538_p2 | tmp_134_fu_1530_p3);

assign tmp_98_fu_1166_p3 = data_16_V_read[32'd7];

assign tmp_99_fu_1180_p3 = {{not_tmp_16_fu_1174_p2}, {4'd0}};

assign tmp_9_fu_378_p1 = tmp_10_fu_370_p3;

assign tmp_s_fu_382_p2 = (tmp_7_fu_342_p3 | tmp_3_1_fu_350_p2);

endmodule //relu_max_ap_fixed_ap_fixed_1_relu1_config9_s